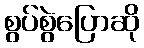
စွပ်စွဲပြောဆို